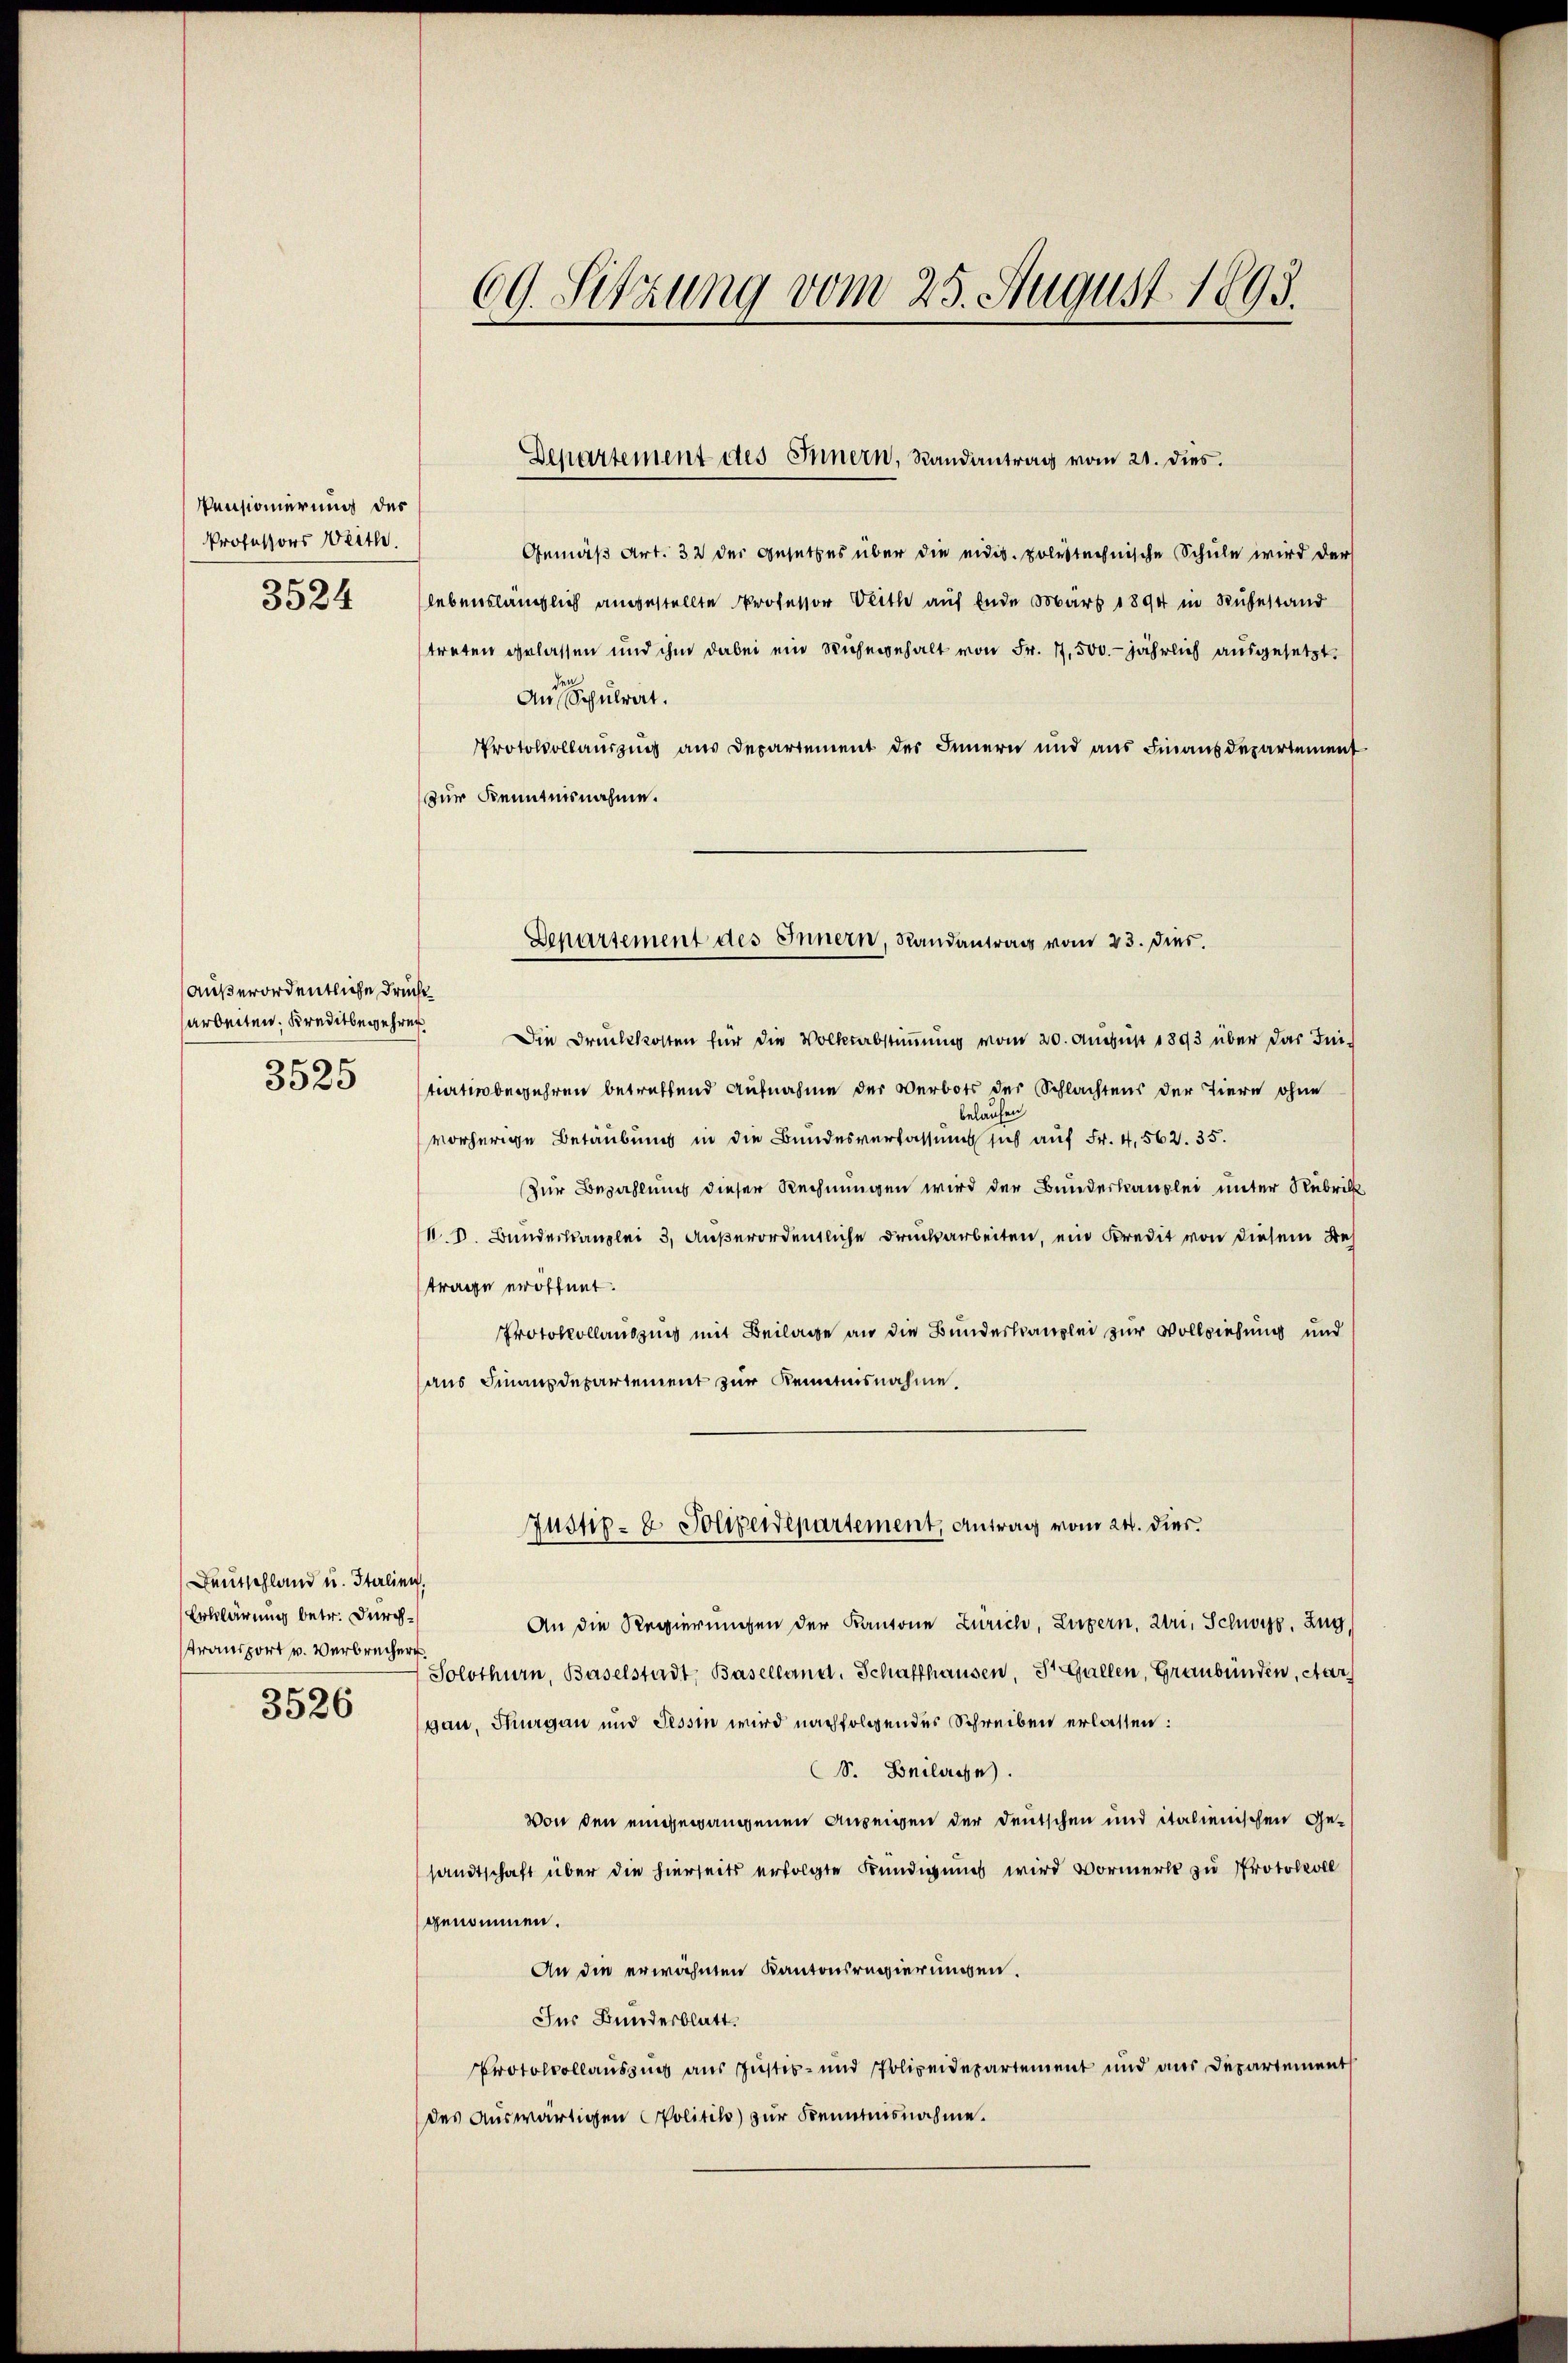
Pensionierung des
Professors Weith.
3524

außerordentliche Druck¬
3525

Deutschland u. Italien.
Erklärung betr. Durchtransport v. Verbrecher
3526

69. Sitzung vom 25. August 1893.

Gemäß Art. 32 der Gesetzes über die eid. polytechnische Schule wird der
lebenslänglich angestellte Professor Blitte auf Ende März 1894 in Ruhestand
treten gelassen und ihm dabei ein Ruhegehalt von Fr. 17,500.- jährlich ausgesetzt.
An Schulrat.
Protokollauszug aus Departement des Innern und aus Finanzdepartement
zur Kenntnisnahme.
Departement des Innern, Randantrag vom 23. dies

Departement des Innern, Randantrag vom 21. dies.

Justiz- & Polizeidepartement, Antrag vom 24. dies.

arbeiten, Kreditbewehren. Die Druckkosten für die Volksabstimmung vom 20. August 1893 über das Inntiation begehren betreffend Aufnahme der Verbots der Schlachtens der Tiere ohne
belaufen
vorherige Betäubung in die Bundesverfassung sich auf Fr. 4, 562. 35.
Zur Bezahlung dieser Rechnungen wird der Bunderbauslei unter Rubrik¬
N. V. Bundeskanzlei 3, Außerordentliche Druckarbeiten, ein Kredit von diesem Betrage eröffnet.
Protokollauszins mit Beilage an die Bundeskanzlei zur Vollziehung und
aus Finanzdepartement zur Kenntnisnahme.

An die Regierungen der Kantone Zürich, Luzern, Uri, Schwyz, Zug,
Solothurn, Baselstadt, Baselland. Schaffhausen, St. Gallen, Graubünden, Aar
gau, Thurgau und Tessin wird nachfolgendes Schreiben erlassen:
S. Beilasse.
von den eingewangenen Anzeigen der Deutschen und italienischen Gesandtschaft über die hierseits erfolgte Kündigung wird Vormerk zu Protokoll
genommen.
An die erwähnten Kantonsregierungen.
Ins Bundesblatt.
Protokollaussung aus Justiz- und Polizeidepartement und aus Departement
des Auswärtigen Politiko zur Kenntnisnahme.